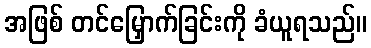
အဖြစ် တင်မြှောက်ခြင်းကို ခံယူရသည်။